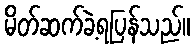
မိတ်ဆက်ခဲ့ရပြန်သည်။